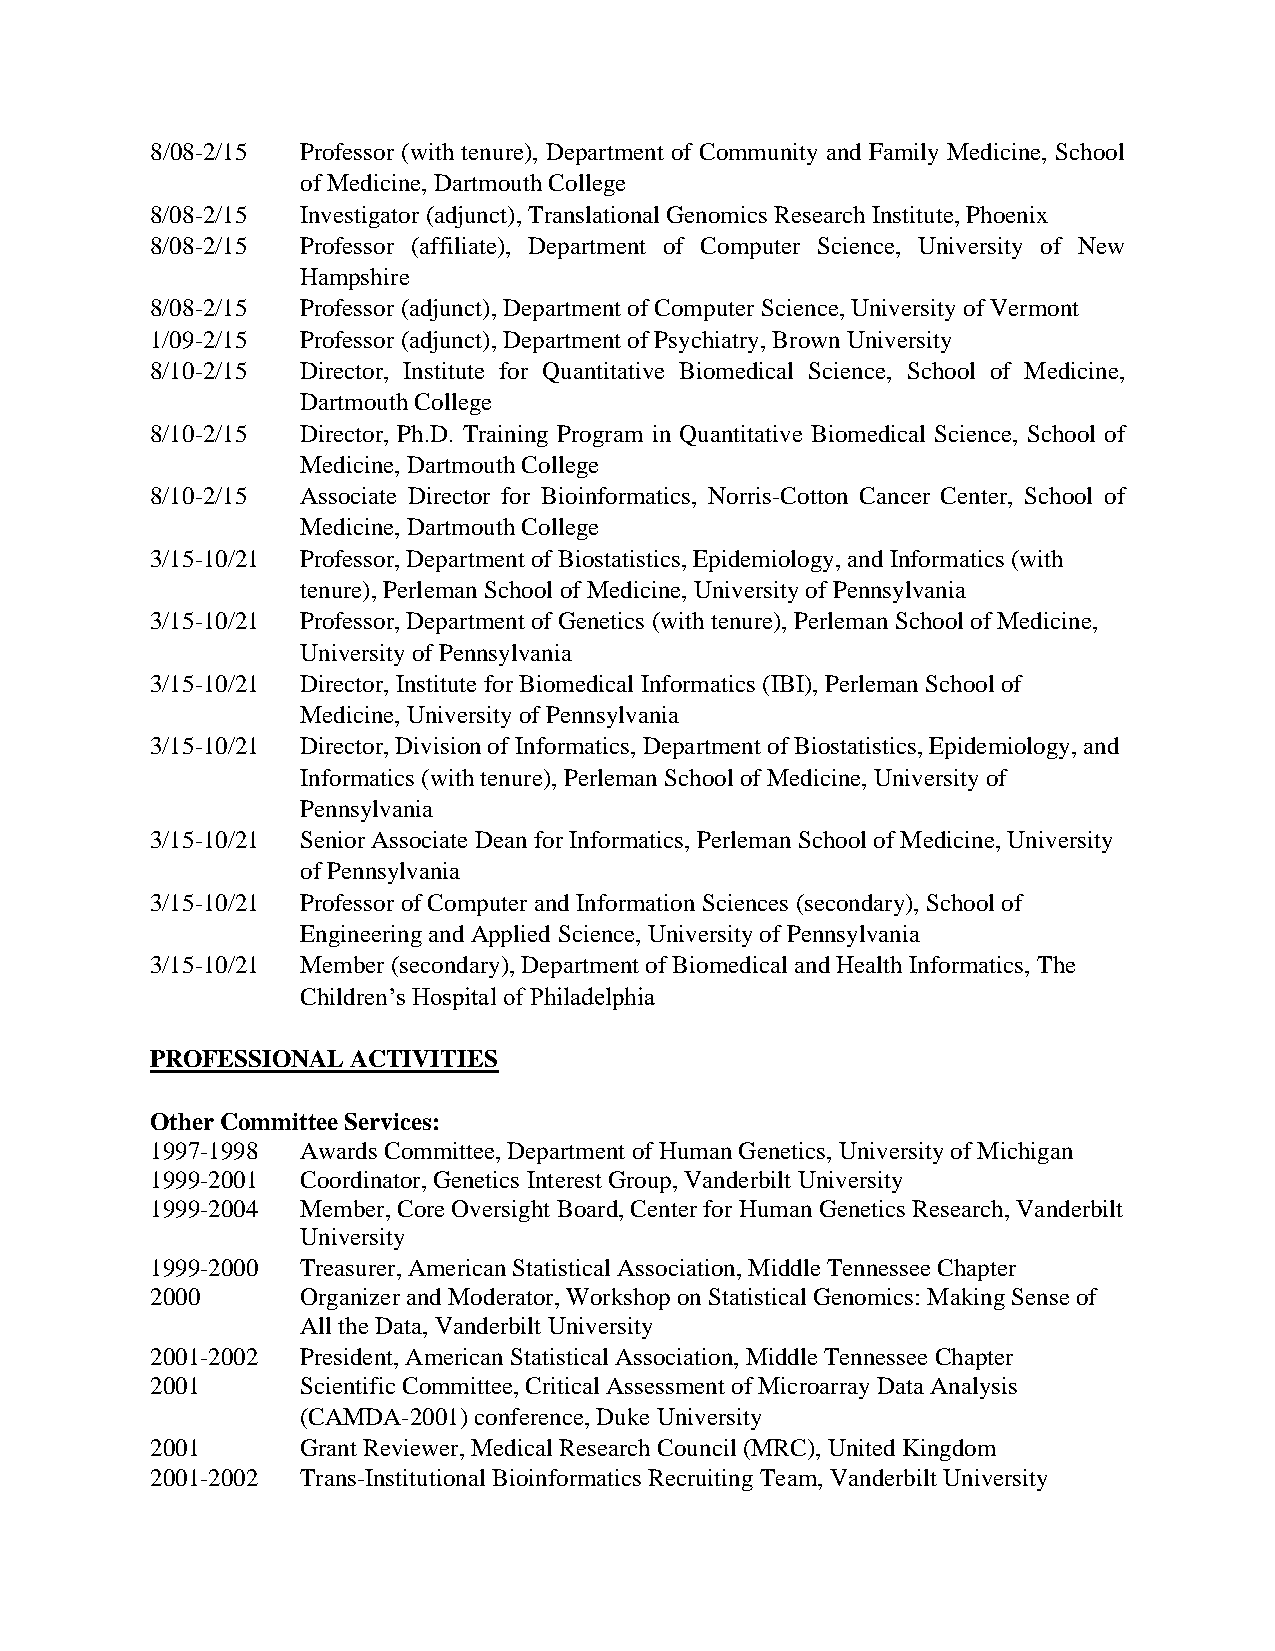
8/08-2/15 Professor (with tenure), Department of Community and Family Medicine, School
 of Medicine, Dartmouth College
 8/08-2/15 Investigator (adjunct), Translational Genomics Research Institute, Phoenix
 8/08-2/15 Professor (affiliate), Department of Computer Science, University of New
 Hampshire
 8/08-2/15 Professor (adjunct), Department of Computer Science, University of Vermont
 1/09-2/15 Professor (adjunct), Department of Psychiatry, Brown University
 8/10-2/15 Director, Institute for Quantitative Biomedical Science, School of Medicine,
 Dartmouth College
 8/10-2/15 Director, Ph.D. Training Program in Quantitative Biomedical Science, School of
 Medicine, Dartmouth College
 8/10-2/15 Associate Director for Bioinformatics, Norris-Cotton Cancer Center, School of
 Medicine, Dartmouth College
 3/15-10/21 Professor, Department of Biostatistics, Epidemiology, and Informatics (with
 tenure), Perleman School of Medicine, University of Pennsylvania
 3/15-10/21 Professor, Department of Genetics (with tenure), Perleman School of Medicine,
 University of Pennsylvania
 3/15-10/21 Director, Institute for Biomedical Informatics (IBI), Perleman School of
 Medicine, University of Pennsylvania
 3/15-10/21 Director, Division of Informatics, Department of Biostatistics, Epidemiology, and
 Informatics (with tenure), Perleman School of Medicine, University of
 Pennsylvania
 3/15-10/21 Senior Associate Dean for Informatics, Perleman School of Medicine, University
 of Pennsylvania
 3/15-10/21 Professor of Computer and Information Sciences (secondary), School of
 Engineering and Applied Science, University of Pennsylvania
 3/15-10/21 Member (secondary), Department of Biomedical and Health Informatics, The
 Children’s Hospital of Philadelphia
 PROFESSIONAL ACTIVITIES
 Other Committee Services:
 1997-1998 Awards Committee, Department of Human Genetics, University of Michigan
 1999-2001 Coordinator, Genetics Interest Group, Vanderbilt University
 1999-2004 Member, Core Oversight Board, Center for Human Genetics Research, Vanderbilt
 University
 1999-2000 Treasurer, American Statistical Association, Middle Tennessee Chapter
 2000      Organizer and Moderator, Workshop on Statistical Genomics: Making Sense of
 All the Data, Vanderbilt University
 2001-2002 President, American Statistical Association, Middle Tennessee Chapter
 2001      Scientific Committee, Critical Assessment of Microarray Data Analysis
 (CAMDA-2001) conference, Duke University
 2001      Grant Reviewer, Medical Research Council (MRC), United Kingdom
 2001-2002 Trans-Institutional Bioinformatics Recruiting Team, Vanderbilt University